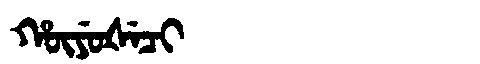
Manchu: ᡥᡡᠶᡠᡧᡝᠴᡳ
Romanization: HŪYUŠECI